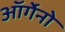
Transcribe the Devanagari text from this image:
ऑर्गेनो